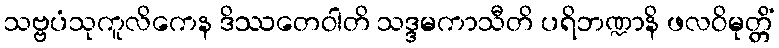
သဗ္ဗပံသုကူလိကေန ဒိဿတေဝါတိ သဒ္ဒမကာသီတိ ပရိဘဏ္ဍာနိ ဖလဝိမုတ္တိံ